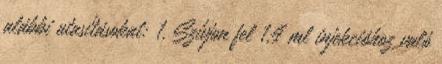
alábbi utasításokat: 1. Szívjon fel 1,4 ml injekcióhoz való